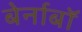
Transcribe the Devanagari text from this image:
बेर्नाबॉ